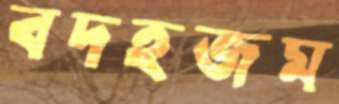
বদহজম